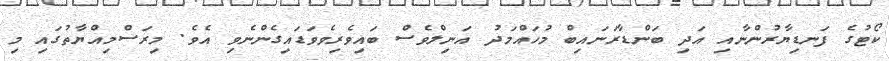
ކޯޓުގެ ފަނޑިޔާރުންނާއި އަދި ބަންޑާރަނައިބް މުހައްމަދު އަނިލްވެސް ބައިވެރިވެވަޑައިގެންނެވި އެވެ. މިރަސްމިއްޔާތުގައި މި